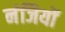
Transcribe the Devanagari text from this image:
नंजियों